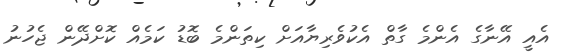
އެއީ އޭނާގެ އެންމެ ގާތް އެކުވެރިޔާއަށް ކިތަންމެ ބޮޑު ކަމެއް ކޮށްދޭން ޖެހުނު